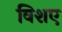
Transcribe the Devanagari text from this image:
विशए